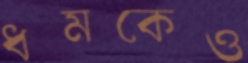
ধমকেও